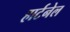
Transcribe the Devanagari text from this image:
हार्टनेल